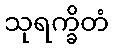
သုရက္ခိတံ